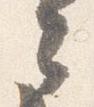
々